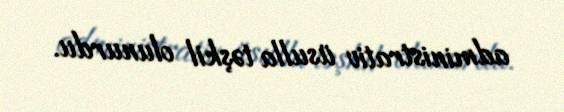
administrativ üsulla təşkil olunurdu.